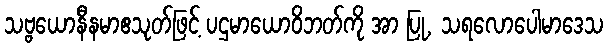
သဗ္ဗယောနီနမာဧသုတ်ဖြင့် ပဌမာယောဝိဘတ်ကို အာ ပြု, သရလောပေါမာဒေသ